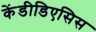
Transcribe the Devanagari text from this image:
केंडीडिएसिस